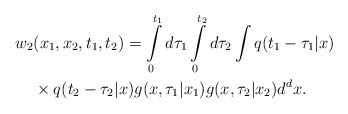
\begin{align*}w_2 & (x_1,x_2,t_1,t_2) = \int\limits_0^{t_1} d\tau_1\int\limits_0^{t_2} d\tau_2 \int q(t_1-\tau_1|x) \\& \times q(t_2-\tau_2|x) g(x,\tau_1|x_1) g(x,\tau_2|x_2)d^d x . \\\end{align*}